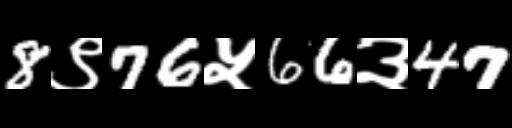
Text: 8९76५66३47